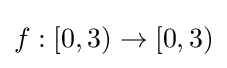
f:[0,3)\to [0,3)